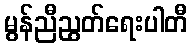
မွန်ညီညွတ်ရေးပါတီ